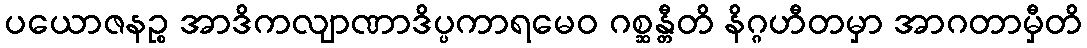
ပယောဇနဉ္စ အာဒိကလျာဏာဒိပ္ပကာရမေဝ ဂစ္ဆန္တီတိ နိဂ္ဂဟီတမှာ အာဂတာမှီတိ